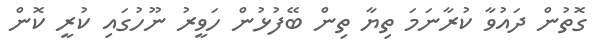
ގޮތުން ދައުވާ ކުރާނަމަ ތިޔާ ތިން ބޭފުޅުން ހަވީރު ނޫހުގައި ކުރީ ކޮން